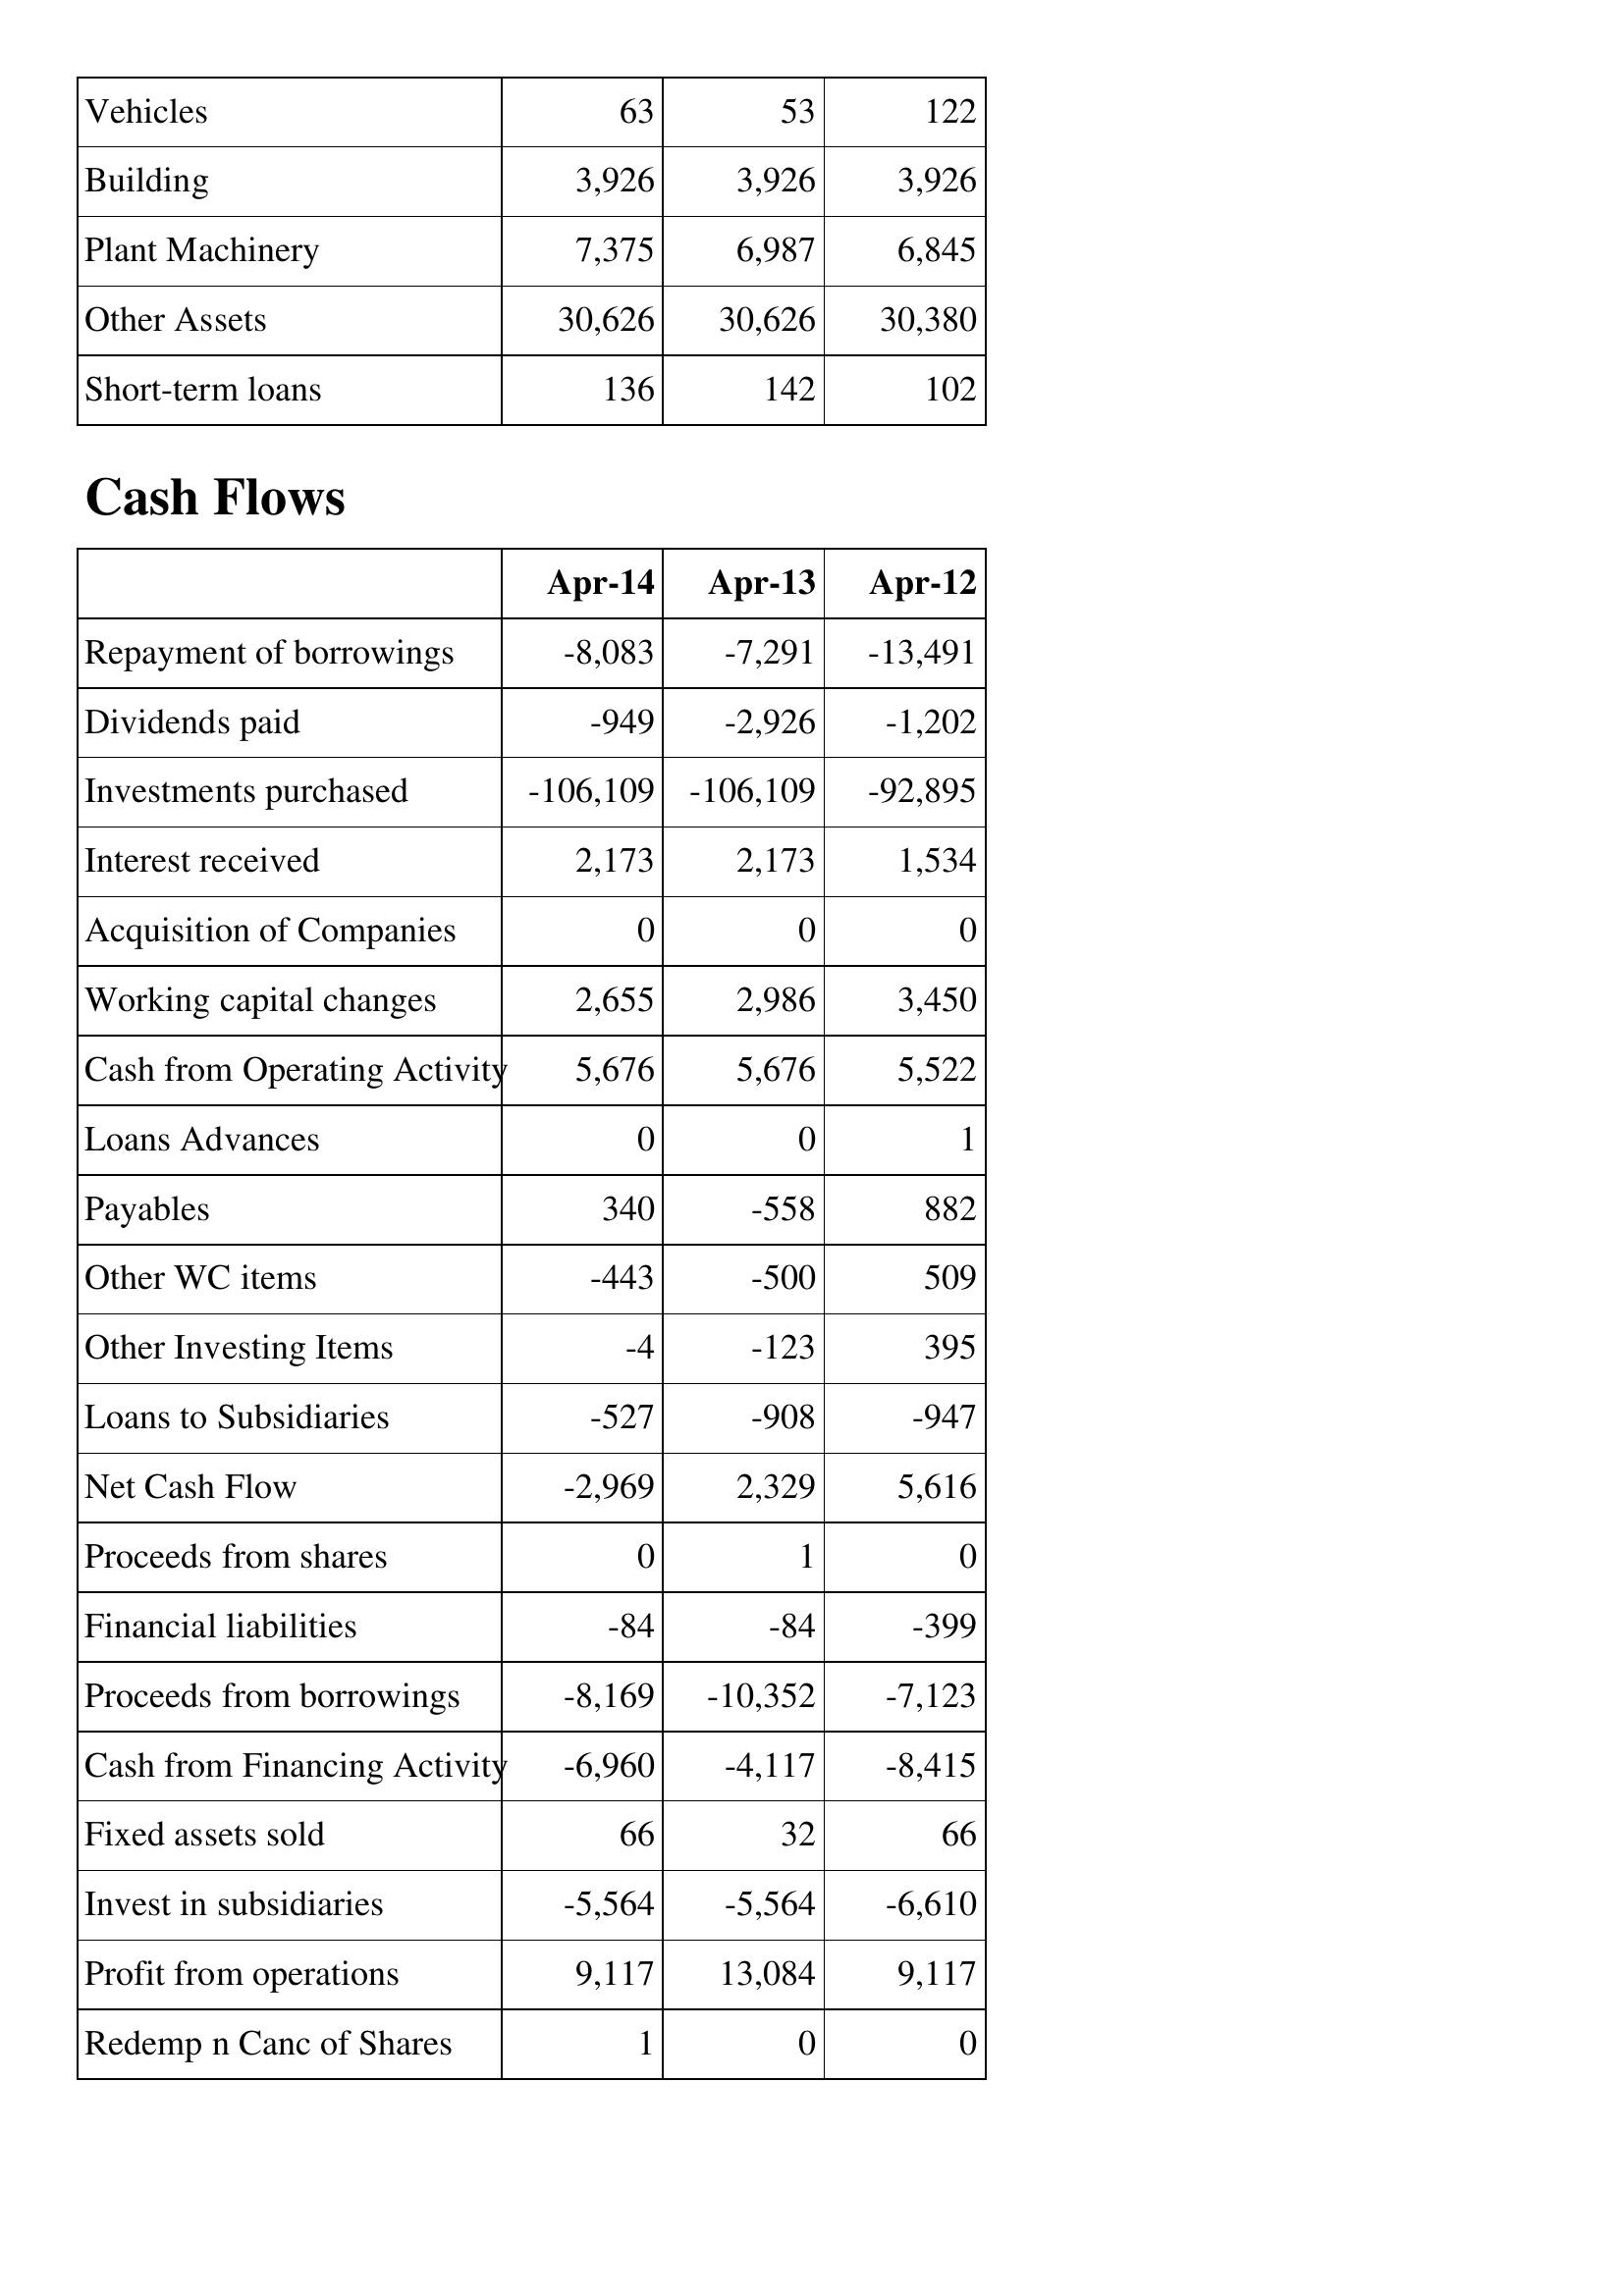
Apr-14: Balance Sheet: Vehicles: 63
Building: 3,926
Plant Machinery: 7,375
Other Assets: 30,626
Short-term loans: 136
Cash Flows: Repayment of borrowings: -8,083
Dividends paid: -949
Investments purchased: -106,109
Interest received: 2,173
Acquisition of Companies: 0
Working capital changes: 2,655
Cash from Operating Activity: 5,676
Loans Advances: 0
Payables: 340
Other WC items: -443
Other Investing Items: -4
Loans to Subsidiaries: -527
Net Cash Flow: -2,969
Proceeds from shares: 0
Financial liabilities: -84
Proceeds from borrowings: -8,169
Cash from Financing Activity: -6,960
Fixed assets sold: 66
Invest in subsidiaries: -5,564
Profit from operations: 9,117
Redemp n Canc of Shares: 1
Apr-13: Balance Sheet: Vehicles: 53
Building: 3,926
Plant Machinery: 6,987
Other Assets: 30,626
Short-term loans: 142
Cash Flows: Repayment of borrowings: -7,291
Dividends paid: -2,926
Investments purchased: -106,109
Interest received: 2,173
Acquisition of Companies: 0
Working capital changes: 2,986
Cash from Operating Activity: 5,676
Loans Advances: 0
Payables: -558
Other WC items: -500
Other Investing Items: -123
Loans to Subsidiaries: -908
Net Cash Flow: 2,329
Proceeds from shares: 1
Financial liabilities: -84
Proceeds from borrowings: -10,352
Cash from Financing Activity: -4,117
Fixed assets sold: 32
Invest in subsidiaries: -5,564
Profit from operations: 13,084
Redemp n Canc of Shares: 0
Apr-12: Balance Sheet: Vehicles: 122
Building: 3,926
Plant Machinery: 6,845
Other Assets: 30,380
Short-term loans: 102
Cash Flows: Repayment of borrowings: -13,491
Dividends paid: -1,202
Investments purchased: -92,895
Interest received: 1,534
Acquisition of Companies: 0
Working capital changes: 3,450
Cash from Operating Activity: 5,522
Loans Advances: 1
Payables: 882
Other WC items: 509
Other Investing Items: 395
Loans to Subsidiaries: -947
Net Cash Flow: 5,616
Proceeds from shares: 0
Financial liabilities: -399
Proceeds from borrowings: -7,123
Cash from Financing Activity: -8,415
Fixed assets sold: 66
Invest in subsidiaries: -6,610
Profit from operations: 9,117
Redemp n Canc of Shares: 0